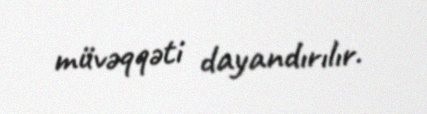
müvəqqəti dayandırılır.